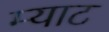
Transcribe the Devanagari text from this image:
म्याट